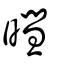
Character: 暳